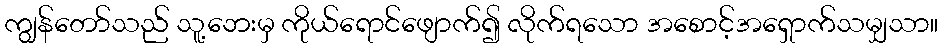
ကျွန်တော်သည် သူ့ဘေးမှ ကိုယ်ရောင်ဖျောက်၍ လိုက်ရသော အစောင့်အရှောက်သမျှသာ။